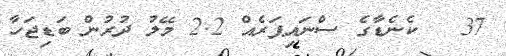
37   ކެނެޑާގެ ސްނައިޕަރެއް 2.2 މޭލު ދުރުން ބަޑިޖަހާ